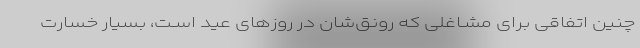
چنین اتفاقى براى مشـاغلى که رونق‌شان در روزهای عید اسـت، بسیار خسارت